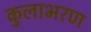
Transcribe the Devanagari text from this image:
कुलाभरण